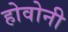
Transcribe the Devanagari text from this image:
होवोनी